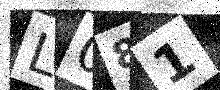
Text: L081